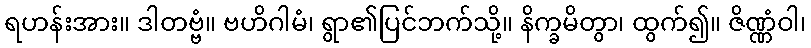
ရဟန်းအား။ ဒါတဗ္ဗံ။ ဗဟိဂါမံ၊ ရွာ၏ပြင်ဘက်သို့။ နိက္ခမိတွာ၊ ထွက်၍။ ဇိဏ္ဏံဝါ၊